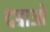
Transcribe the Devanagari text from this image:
दबाओ